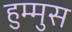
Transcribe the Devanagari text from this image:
हुम्मुस